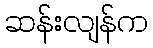
ဆန်းလျန်က